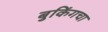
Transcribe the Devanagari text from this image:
बुकिंगचा